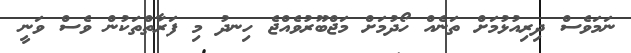
ނަމަވެސް ދިރިއުޅުމަށް ތަނެއް ހޯދުމަށް މަޖްބޫރުވެއްޖެ ހިނދު މި ފަރާތްތަކުން ވެސް ވަނީ